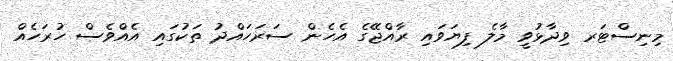
މިނިސްޓަރ ވިދާޅުވީ މާލެ ފިޔަވައި ރާއްޖޭގެ އެހެން ސަރަހައްދު ތަކުގައި އެއްވެސް ހުރަހެއް